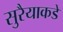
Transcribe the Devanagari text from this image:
सुरैयाकडे